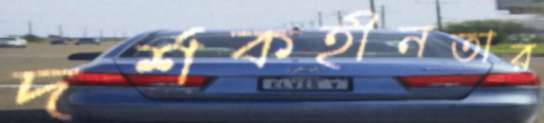
দর্শকহীনতার